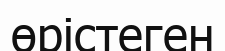
өрістеген